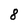
Character: 8